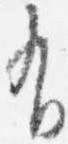
有